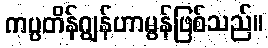
ကပ္ပတိန်ဂျွန်ဟာမွန်ဖြစ်သည်။